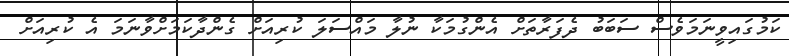
ކަމުގައިވީނަމަވެސް ސަބަބު ދެފަރާތަށް އެންގުމަކާ ނުލާ މައްސަލަ ކުރިއަށް ގެންދާކަމަށްވާނަމަ އެ ކުރިއަށް